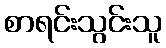
စာရင်းသွင်းသူ